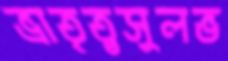
ভ্রাতৃত্বসুলভ